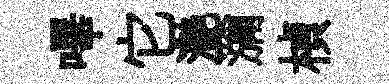
嗶它灔瀰楨